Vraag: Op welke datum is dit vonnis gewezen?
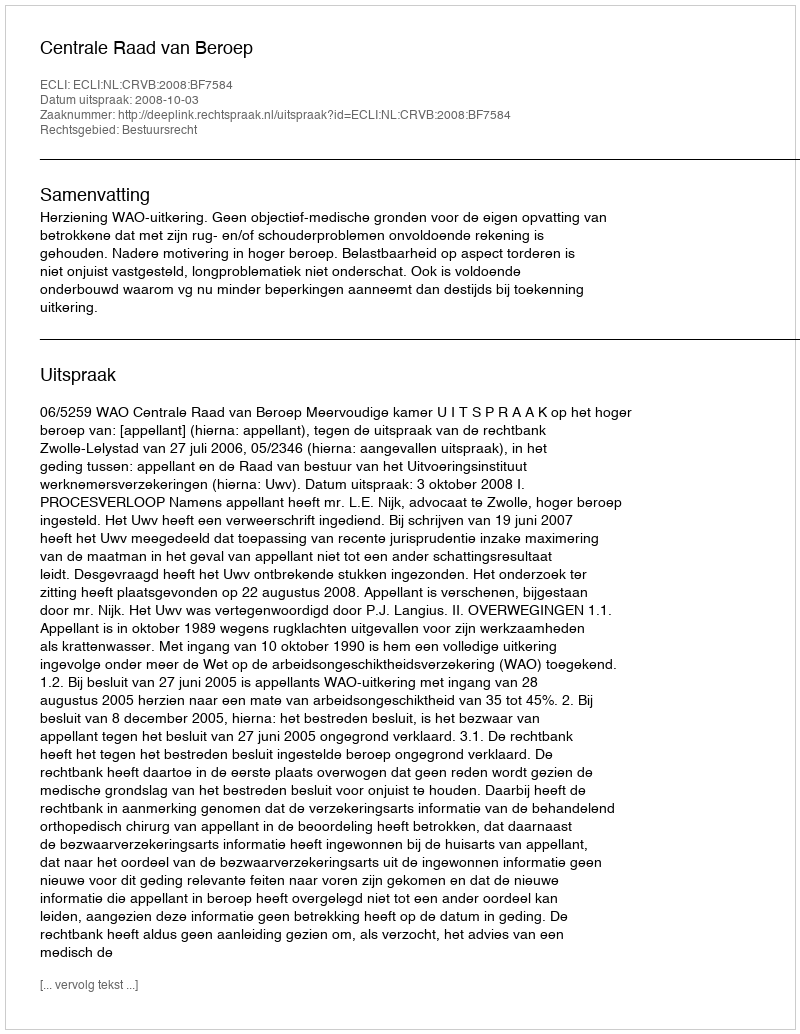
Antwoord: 2008-10-03